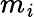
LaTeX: m_{\mathit{i}}